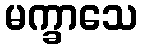
မက္ခာသေ